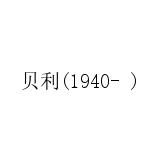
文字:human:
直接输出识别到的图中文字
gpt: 贝利(1940- )